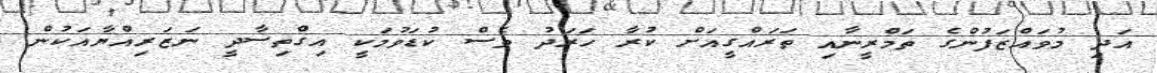
އަދި މުވައްޒަފުންގެ ތަމްރީނާއި ތަރައްގީއަށް ކުރާ ހަރަދު ވެސް ކުޑަވުމަކީ އިގްތިސާދީ ނަޒަރިއްޔާއަކުން